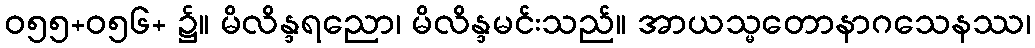
ဝ၅၅+ဝ၅၆+ ၌။ မိလိန္ဒရညော၊ မိလိန္ဒမင်းသည်။ အာယသ္မတောနာဂသေနဿ၊